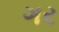
ગર